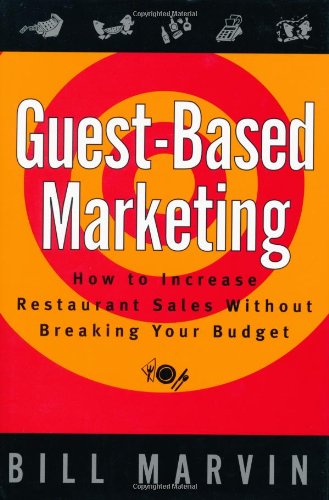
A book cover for Guest-Based Marketing: How to Increase Restaurant Sales Without Breaking Your Budget; Bill Marvin; Travel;